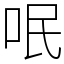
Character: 呡